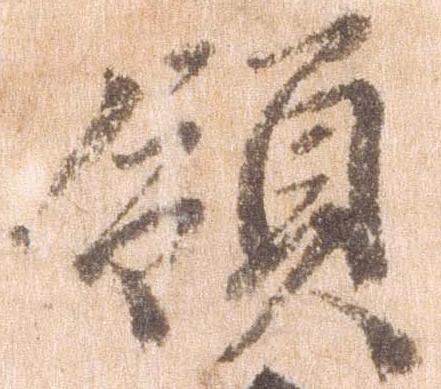
領